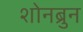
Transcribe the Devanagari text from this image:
शोनब्रुन